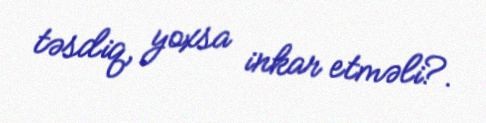
təsdiq, yoxsa inkar etməli?.